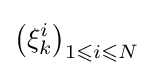
\left(\xi _{k}^{i}\right)_{1\leqslant i\leqslant N}